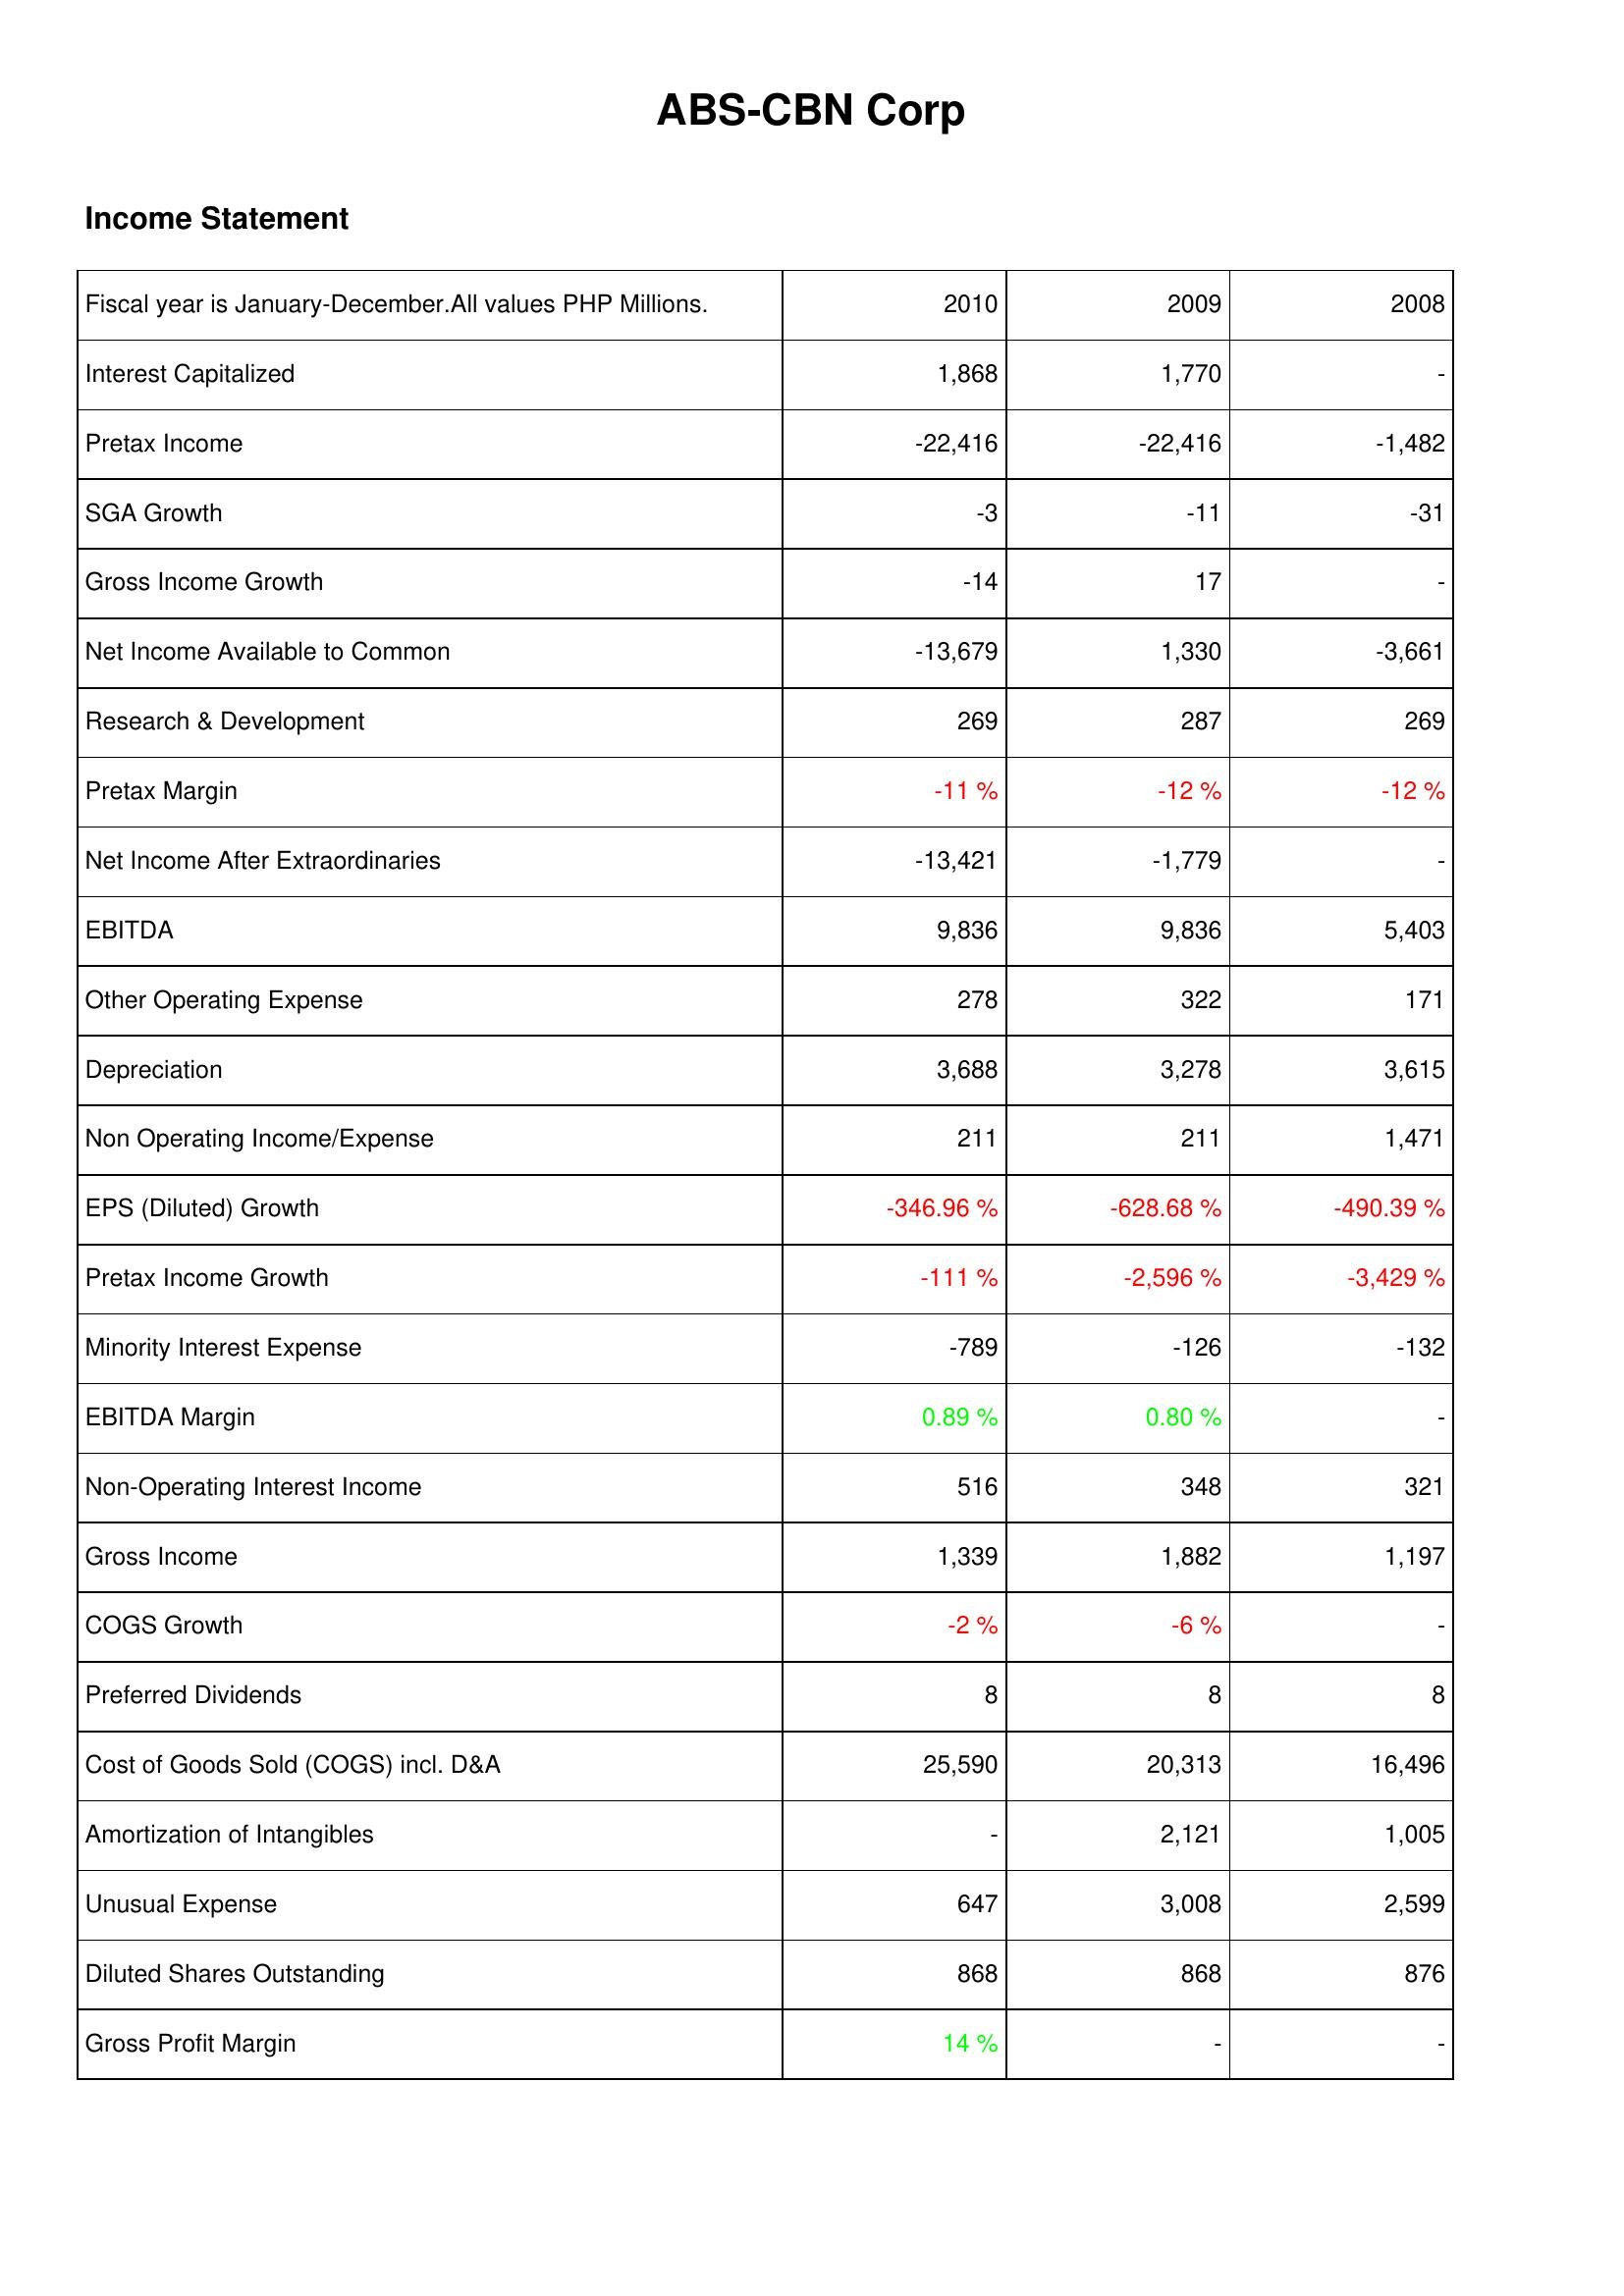
2010: Income Statement: Interest Capitalized: 1,868
Pretax Income: -22,416
SGA Growth: -3
Gross Income Growth: -14
Net Income Available to Common: -13,679
Research & Development: 269
Pretax Margin: -11 %
Net Income After Extraordinaries: -13,421
EBITDA: 9,836
Other Operating Expense: 278
Depreciation: 3,688
Non Operating Income/Expense: 211
EPS (Diluted) Growth: -346.96 %
Pretax Income Growth: -111 %
Minority Interest Expense: -789
EBITDA Margin: 0.89 %
Non-Operating Interest Income: 516
Gross Income: 1,339
COGS Growth: -2 %
Preferred Dividends: 8
Cost of Goods Sold (COGS) incl. D&A: 25,590
Amortization of Intangibles: -
Unusual Expense: 647
Diluted Shares Outstanding: 868
Gross Profit Margin: 14 %
2009: Income Statement: Interest Capitalized: 1,770
Pretax Income: -22,416
SGA Growth: -11
Gross Income Growth: 17
Net Income Available to Common: 1,330
Research & Development: 287
Pretax Margin: -12 %
Net Income After Extraordinaries: -1,779
EBITDA: 9,836
Other Operating Expense: 322
Depreciation: 3,278
Non Operating Income/Expense: 211
EPS (Diluted) Growth: -628.68 %
Pretax Income Growth: -2,596 %
Minority Interest Expense: -126
EBITDA Margin: 0.80 %
Non-Operating Interest Income: 348
Gross Income: 1,882
COGS Growth: -6 %
Preferred Dividends: 8
Cost of Goods Sold (COGS) incl. D&A: 20,313
Amortization of Intangibles: 2,121
Unusual Expense: 3,008
Diluted Shares Outstanding: 868
Gross Profit Margin: -
2008: Income Statement: Interest Capitalized: -
Pretax Income: -1,482
SGA Growth: -31
Gross Income Growth: -
Net Income Available to Common: -3,661
Research & Development: 269
Pretax Margin: -12 %
Net Income After Extraordinaries: -
EBITDA: 5,403
Other Operating Expense: 171
Depreciation: 3,615
Non Operating Income/Expense: 1,471
EPS (Diluted) Growth: -490.39 %
Pretax Income Growth: -3,429 %
Minority Interest Expense: -132
EBITDA Margin: -
Non-Operating Interest Income: 321
Gross Income: 1,197
COGS Growth: -
Preferred Dividends: 8
Cost of Goods Sold (COGS) incl. D&A: 16,496
Amortization of Intangibles: 1,005
Unusual Expense: 2,599
Diluted Shares Outstanding: 876
Gross Profit Margin: -